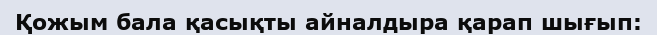
Қожым бала қасықты айналдыра қарап шығып: